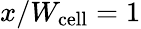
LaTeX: x/W_{\mathrm{cell}}=1